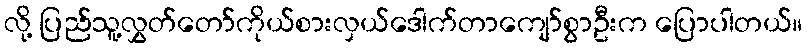
လို့ ပြည်သူ့လွှတ်တော်ကိုယ်စားလှယ်ဒေါက်တာကျော်စွာဦးက ပြောပါတယ်။